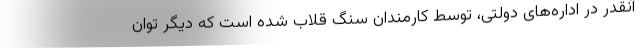
آنقدر در اداره‌های دولتی، توسط کارمندان سنگ قلاب شده است که دیگر توان